Vaccination in the Punjab 1867-1880 - 1867-1880
Year: 1867
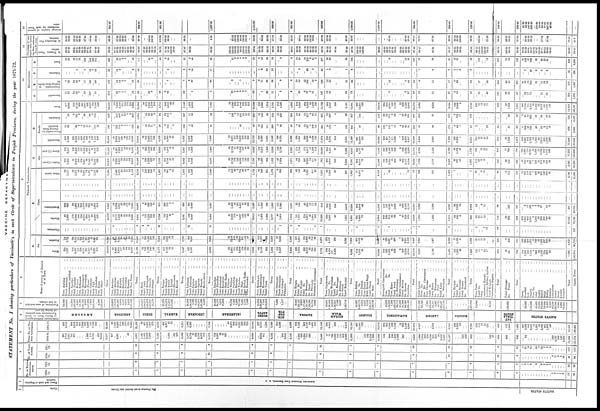
VACCINE
DEPARTME
STATEMENT
No. I showing particulars of Vaccination in each Circle of Superintendence in Panjab Provinces, during the year 1871-72.
1
Circle.
The Provinces is not divided into Circles.
NATIVE STATES.
2
Name and rank of Superin-
tendent.
ASSISTANT SURGEON JOHN BENNETT, M. D.
3
NO. OF NATIVE
SUPERINTEN-
DENTS.
1870-
71.
1
1
1
7
1
1
1
1
1
1
5
1
2
1
...
...
...
...
...
...
...
...
...
...
...
1
3
1
1
6
12
26
1871-
72.
6
1
1
1
1
1
1
7
1
1
7
7
6
1
2
1
8
1
4
...
4
...
9
2
2
1
...
...
...
...
...
32
26
4
NO. OF VACCI-
NATORS.
1870-
71.
5
4
4
31
3
4
4
3
4
3
16
3
10
3
...
...
...
...
...
...
...
...
...
...
...
3
11
4
4
26
48
94
1871-
72.
25
5
4
6
4
5
5
24
4
6
26
25
22
6
12
5
31
4
11
...
16
2
34
7
9
3
...
...
...
...
...
122
113
5
TOTAL NO OF PER-
---- VACCINATED.
1870-71
601
1,719
1,011
241
671
...
...
1998
119
2,764
...
423
9,040
18,587
877
... 4,061
...
...
...
33
...
4,971
1,441
1,485
2,650
1,959
...
7,535
...
...
1,452
...
681
456
2,589
1,077
3,724
85
224
2,709
4,578
179
12,576
753
3,587
64
35
257
...
...
...
...
...
...
...
...
4,696
...
3,913
211
...
4,124
...
...
205
2,953
3,158
...
5,384
366
1,334
772
592
...
...
8,448
17
71
790
5,635
242
156
208
4,869
11,988
...
...
...
157
162
12,238
1,284
13,842
152
...
996
130
1,652
4,589
687
...
...
8,206
1,999
1,314
340
250
8,748
831
255
56
6,813
2,501
23,137
...
...
223
459
682
...
...
246
57
986
846
...
846
...
64
...
...
...
...
...
...
...
...
...
289
4,797
369
542
8,292
15,699
1,41,224
1871-72
435
3,725
...
286
6,819
383
441
7,949
502
6,699
141
7,709
349
...
...
35,438
38
7,550
6,469
214
103
173
124
6,434
21,105
39
472
2,678
1,287
279
4,755
452
4,671
63
25
...
...
5,211
1,082
6,687
...
...
...
...
...
7,769
...
...
...
...
...
54
4,871
262
215
6,855
229
206
212
12,642
257
3,711
...
1,872
5,840
213
4,596
...
...
4,809
226
2,168
...
302
8,720
58
1,490
182
13,146
590
9,013
...
329
...
...
...
6,213
16,145
967
14,241
123
...
...
...
...
19,214
364
455
6,568
162
1,156
...
12
929
5,149
6,895
21,670
4,987
...
...
...
3,258
...
...
...
...
8,215
192
2,520
79
...
...
2,791
236
178
19
52
151
...
...
636
112
1,368
1,480
407
2,368
568
3,641
18
1,691
68
3,080
461
1,326
149
...
...
...
...
...
15,257
1,96,435
6
Collectorate,
Political agency,
or Native State in which
Vaccinations were perform-
ed during the year
AMBALAH
AMRITSAR
DEHLI.
KARNAL.
LUDIANAH.
JALANDHAR.
HOSHI-
ARPUR.
GUR-
DAS-
PUR.
KANGRA.
GUJRAN-
WALA.
SIALKOT.
RAWALPINDI.
LAHORE.
HAZARA.
PAT-
TIALA
STATE.
NATIVE STATES.
7
Population of area included
in last column.
24,040
1,53,041
11,676
1,97,505
8,351
11,198
1,31,152
6,015
1,57,990
7,929
2,01,812
8,700
1,32,418
1,36,609
1,76,518
1,90,461
6,608
5,287
6,973
5,853
2,41,150
1,54,417
2,04,271
1,26,376
1,55,721
12,176
25,276
1,58,954
2,11,315
1,71,531
...
...
39,983
2,50,165
7,096
9,165
1,33,378
1,37,396
6,062
48,933
90,175
5,073
10,953
...
...
79,755
6,439
8,800
79,740
6,441
5,721
7,866
12,964
2,29,287
7,785
2,12,016
7,622
...
7,177
...
6,448
1,20,157
9,928
1,17,440
l,80,132
1,26,294
91,704
2,862
19,381
1,96,449
15,653
1,30,351
7,180
5,037
...
1,69,716
25,337
3,49,170
8,524
8,527
5,153
2,31,317
1,99,748
19,228
1,56,829
7,280
1,02,076
94,715
10,605
21,844
83,348
1,26,126
2,21,336
85,346
...
7,355
1,59,488
16,551
5,847
6,718
l,68,547
1,17,710
...
...
...
...
3,67,218
14,848
...
...
...
9,531
1,58,600
...
50,000
...
1,25,000
...
40,000
10,000
22,000
19,000
9,000
2,500
10,000
1,00,000
5,500
4,000
70,000
8
Name of portion of District
or of Town.
Town Ambálah
...
...
Tahsíl Ambálah
...
...
Cantonment Ambálah
...
...
Town Jagadhri ... ...
Tahsíl Jagádhri ... ...
Town Báriyah ... ...
Town Sidhaurah ... ...
Tahsil Naraingarh ... ...
Town Mainmájrah ... ...
Tahsil Kharar
...
...
Town Thánesar ... ...
Tahsil Pipli
...
...
Tahsil Sháhábád ... ...
Town Rápar ... ...
Tehsíl Rúpar ... ...
TOTAL ... ...
Town Amritsar ... ...
Tahsí1 Amritsar ... ...
Tahsil Ajná1a ... ...
Town Majithah ... ...
Town Bundálah ... ...
Town Jandiálah ... ...
Town Rámdás ... ...
Tahsil Tarn Tiran ... ...
TOTAL
...
...
Town Dehli
...
...
Tahsil Dehli
...
...
Tahsil Balabgarh ... ...
Tahsil Larsowh ... ...
Town Sonepat ... ...
TOTAL
...
...
Town Pánipat ... ...
Tahsil Pánipat
...
...
Tahsil Karnál ... ...
Tahsil Kythal ... ...
Tahsil Gharounda ... ...
Town Karnál
...
...
TOTAL
...
...
Town Ludiánah
...
...
Tahsil Ludiánah
...
...
Town Jagráon ... ...
Town Rakót
...
...
Tahsil Jagráon ... ...
Tahsil Simrola
...
...
Town Machhiwárah ... ...
TOTAL
...
...
Town Jálandhar ... ...
Tahsíl Jálandhar ... ...
Town Aláwalpúr ... ...
Town Kartáipúr ... ...
Town Busti Shekh ... ...
Town Phillour ... ...
Tahsil Phillour
...
...
Town Jandiálah
...
...
Town Nakodar ... ...
Tahsil Nakodar ... ...
Town Bilgá ... ...
Town Rurkah Kalán ... ...
Town Nurmahal ... ...
TOTAL
...
...
Town Hoshiárpúr
...
...
Tahsil Hoshiárpúr
...
...
Town Harriánah ... ...
Tahsil U'nah ... ...
TOTAL
...
...
Town Dinanagar
...
...
Tahsil Gurdáspúr
...
...
Town Sujánpúr
...
...
Pathánkot ... ...
Total
...
...
Town Kángra ... ...
Tahsil Do. ... ...
Town Núrpúr ... ...
Tahsil Do.
...
...
Do. Hamirpár ... ...
Do Derah
...
...
Do. Pálampúr ... ...
Dharmsálah Cantonment ...
Total
...
...
Town Gujránwála
... ...
Tahsíl
Do.
...
...
Town Wazúábád
...
...
Tahsíl Do.
...
...
Town Rámnagar ... ...
Do Akálgarh ... ...
Do. Sodiah ... ...
Tahsíl Hafizabád
...
...
Total ... ...
Town Siálkót ... ...
Tahsíl Do.
...
...
Town Daskah ... ...
Town Pasrúr ... ...
Kilah Sobhá Singh ... ...
Talisíl Pasrúr ... ...
Do Reya
... ...
Total ... ...
Ráwalpindi Cantonment
...
Town
D
o
. ... ...
Tahbil
Do. ... ...
Town Hazro ... ...
Tahsil Attok ... ...
Do. Fattehjang ... ...
Murree Cantonment
...
...
Tahsil Murree ... ...
Do Ghowta
...
...
Gujarkhan ... ...
Total
...
...
Tahsíl Lahore ... ...
Town Do.
...
...
Mián Mír Cantonment ...
Town Chúmán ... ...
Tahsíl Do ... ...
Town Kasúr ... ...
Do.
Khemkarn ... ...
Do
Patti
...
...
Tahsil Kasúr ... ...
Do
Sharakpúr ... ...
Total ... ...
Town Harípúr ... ...
Tahsil Do ... ...
Town Saraesála ... ...
Tahsíl Hazárá ... ...
Do
Mansehrah ... ...
Total
...
...
Town Simla ... ...
Tahsíl Do
...
...
Jutog
...
...
Cautonment Kasowh ... ...
Lawrence Military Asylum ...
Tahsíl Kotgarh ... ...
Cantonment Dagshai ... ...
Total
...
...
Tahsil Sirinagar ... ...
Do.
Pinjor ... ...
Total
...
...
Theog
...
...
Keouthal ... ...
Koti ... ...
Chambá
...
...
Town Do. ... ...
Jubal
...
...
Bughat ... ...
Bághul
...
...
Bhujji
... ...
Mehlog
...
...
Kúnbear
...
...
Kúmahrsien ... ...
Sirmúr ... ...
Dhami ... ...
Kotahar
...
...
Nalágarh
...
...
Total
...
...
GRAND TOTAL
...
9
PRIMARY VACCINATIONS.
A.
Sex
Males
234
1,927
114
3,507
l87
228
4,651
251
3,512
84
3,881
174
18,210
20
3,660
3,304
117
49
84
65
3,200
10,499
22
242
1,193
580
140
2,177
217
2,185
34
11
2,447
527
3,481
4,008
25
2,681
151
124
3,602
124
106
125
6,938
142
2,118
922
1,382
116
2,287
2,403
109
1,072
156
4,573
23
739
120
6,792
288
4,830
171
3,393
8,682
514
7,672
60
10,262
319
263
3,629
88
658
9
509
2,928
3,700
12,103
2,682
1,743
4,425
105
1,356
36
1,492
155
15
4
28
77
279
29
681
710
216
1,291
309
1,734
8
962
33
1,559
234
623
86
7,765
1,02,374
Females.
133
1,753
126
3,131
131
213
3,730
251
2,798
50
3,647
175
16,348
18
3,840
3,144
94
54
89
59
3,194
10,489
17
230
1,349
199
139
2,534
226
2,433
29
14
2,702
546
3,147
3,693
29
2,159
109
88
3,244
101
94
87
611
110
1,577
892
2,579
97
2,303
2,400
107
1,011
128
3,929
32
710
60
5,977
276
4,117
158
2,768
7,319
453
6,569
63
8,982
45
192
2,921
74
498
3
420
2,211
3,103
9,467
2,282
1,477
3,759
77
1,135
41
1,253
81
11
15
13
...
120
8
603
611
150
945
212
1,621
10
700
35
1,453
207
622
43
6,639
90,763
B.
Caste.
Chrístians.
...
...
...
...
...
...
...
...
...
...
...
...
...
3
...
...
...
...
...
...
...
3
4
...
8
...
...
12
...
...
...
...
...
21
...
21
...
...
...
...
...
...
...
...
...
...
...
...
...
...
1
1
...
5
...
...
...
...
2
7
...
...
...
...
...
1
...
...
1
...
...
1
...
...
...
...
...
...
1
2
...
2
...
...
5
...
...
7
77
89
...
...
...
...
...
...
...
...
...
...
...
...
...
...
...
137
Hindús.
83
1,598
172
2,944
144
154
4,610
304
4,197
93
4,323
105
18,727
17
2,717
1,539
99
61
46
34
2,428
6,941
14
173
1,252
685
125
2,219
124
2,905
49
3
3,081
156
3,447
3,603
21
2,522
176
71
1,637
165
122
99
4,813
71
1,403
1,303
2,777
95
1,418
1,513
151
1,777
216
7,071
45
1,001
132
10,393
226
2,355
49
1,051
3,681
231
3,463
72
4,804
246
268
913
95
96
2
40
553
676
2,889
1,320
1,295
2,615
83
150
3
236
68
26
11
13
...
118
22
936
958
302
1,641
365
2,551
9
1,243
36
200
302
740
85
10,232
79,630
Mussulmans.
306
965
56
1,833
285
243
1,770
124
938
35
1,658
214
8,347
18
3,303
3,831
87
29
102
78
2,853
10,301
4
46
539
148
76
813
269
722
6
1
998
795
2,042
2,837
22
1,499
35
135
4,455
31
38
105
6,320
171
1,444
190
1,805
110
2,341
2,451
23
158
42
190
10
71
24
518
305
5,382
238
4,413
10,338
658
8,303
46
11,291
118
187
5,592
67
1,060
10
889
4,586
6,116
18,625
2,899
1,388
4,287
98
2,336
74
2,508
83
...
4
11
...
98
...
107
107
...
3
17
193
8
3
6
37
...
15
2
391
82,035
...
...
...
...
...
...
...
...
...
...
...
...
...
...
...
...
...
...
...
...
...
...
...
...
...
...
...
...
...
...
...
...
...
...
...
...
...
...
...
...
...
...
...
...
...
...
...
...
...
...
...
...
...
...
...
...
...
...
...
...
...
...
...
...
...
...
...
...
...
...
...
...
...
...
...
...
...
...
...
...
...
...
...
...
...
...
...
...
...
...
...
...
...
...
...
...
...
...
...
...
...
...
...
...
...
...
...
...
...
...
...
...
...
...
...
...
...
...
...
...
...
...
...
...
...
...
...
...
...
...
...
...
...
...
...
...
...
...
...
...
...
...
...
...
...
...
...
...
...
...
...
...
...
...
...
...
...
...
...
...
...
...
...
...
...
...
...
...
...
...
...
...
...
...
...
...
...
...
...
...
...
...
...
...
...
...
...
...
...
...
...
...
...
...
...
...
...
...
...
...
...
...
...
...
...
...
...
...
Other castes.
28
1,117
12
1,971
19
44
l,46l
74
1,175
6
1,517
30
7,484
1,480
1,078
25
10
25
12
1,113
3,743
17
253
843
446
78
1,637
50
991
8
21
1,070
101
1,139
1,240
11
819
49
6
754
29
40
8
1,716
10
848
321
1,179
8
830
838
42
143
26
1,241
377
22
1,851
33
1,210
42
697
1,982
77
2,475
5
3,118
...
...
44
...
...
...
11
55
743
537
1,280
1
...
...
1
80
...
4
10
...
94
15
241
256
64
592
159
61l
1
416
26
975
139
490
62
3,791
31,335
C.
Age.
Under (1)
year.
219
1,263
81
3,318
209
284
2,428
68
2,149
53
2,781
136
12,989
20
3,233
3,455
79
50
80
63
3,209
10,189
6
136
1,098
439
73
1,752
281
2,742
47
12
3,082
912
5,346
6,258
20
2,716
179
153
4,338
118
140
123
7,787
68
1,420
364
1,852
67
1,804
1,871
44
333
107
2,085
14
111
67
,701
300
4,816
242
3,833
9,191
604
9,070
73
11,508
135
159
3,384
56
604
48
243
2,177
3,104
9,866
1,738
1,707
3,445
93
892
40
1,025
115
26
6
9
...
156
20
515
535
23
246
31
627
2
158
15
278
29
108
10
2,062
86,329
Above (1) year
198
2,417
159
3,430
159
157
5,413
434
4,161
81
4,747
213
21,569
18
4,267
2,993
132
50
93
61
3,185
10,799
33
336
1,544
840
206
9,959
162
1,876
16
13
2,067
161
1,282
1,443
34
2,124
81
59
2,508
107
60
89
5,062
184
2,275
1,450
3,909
146
2,786
2,932
172
1,750
177
6,417
41
1,338
113
10,008
264
4,131
87
2,328
6,810
363
5,171
50
7,706
229
296
3,166
106
552
8
686
2,962
3,699
11,704
3,226
1,513
4,739
89
1,594
37
1,720
121
...
13
32
77
213
17
769
786
343
1,990
510
2,723
16
1,504
53
2,734
412
1,137
139
12,352
1,06,808
D
Results.
Successful.
406
3,563
238
6,509
336
433
7,654
489
6,144
129
7,183
330
33,434
31
6,959
5,867
191
88
166
119
5,822
19,243
38
412
2,600
1,213
265
4,558
412
4,360
62
22
4,856
1,057
6,549
7,606
53
4,671
251
199
6,452
200
190
200
12,216
230
3,398
1,615
5,243
198
4,194
4,392
190
1,961
260
8,098
46
1,264
155
11,974
536
8,534
319
5,910
15,299
967
14,080
123
19,002
226
424
6,116
151
1,692
7
816
4,970
6,427
20,229
4,465
3,035
7,500
168
2,308
1
2,551
234
26
19
41
54
374
37
1,236
1,273
340
2,091
473
2,762
18
1,592
68
2,912
435
1,206
130
13,300
1,83,050
Unsuccessful, in-
cluding those
doubtful.
11
93
...
98
6
8
89
13
74
...
175
19
586
7
129
118
9
2
2
1
123
391
1
16
16
21
5
59
9
144
...
3
156
5
46
51
...
...
...
...
42
...
...
...
42
10
144
111
265
2
46
48
8
38
12
187
5
100
14
364
10
176
7
152
345
...
57
...
99
102
7
159
3
11
4
83
80
85
534
83
88
171
6
44
1
51
2
...
...
...
23
25
...
22
22
17
104
49
128
...
48
...
66
2
11
9
456
3,665
Unknown.
...
24
2
141
6
...
98
92
5
170
...
538
...
412
463
11
10
5
4
449
1,354
...
14
26
45
9
94
22
114
1
...
137
11
33
44
1
169
9
13
352
25
10
12
591
12
153
88
253
13
350
363
18
84
12
217
4
85
11
431
18
237
3
99
357
...
104
...
113
36
24
275
8
53
1
30
89
291
807
416
97
513
8
134
77
143
...
...
...
...
...
...
...
26
26
9
41
19
465
...
22
...
34
...
28
10
658
6,422
Total.
417
3,680
240
6,748
368
441
7,841
502
6,310
134
7,528
349
34,558
38
7,500
6,448
211
100
173
124
6,394
20,988
39
472
2,642
1,279
279
4,711
443
4618
63
25
5,149
1,073
6,628
7,701
54
4,840
260
212
6,846
225
200
212
12,389
252
3,695
1,814
5,761
213
4,590
4,803
216
2,083
284
8,502
55
1,449
180
12,769
564
8,947
329
6,161
16,001
967
14,241
123
19,214
364
455
6,550
162
1,156
12
929
5,139
6,803
21,570
4,964
3,220
8,184
182
2,486
2
2,745
236
26
19
41
77
399
37
1,284
1,321
366
2,236
511
3,355
18
1,662
68
3,012
441
1,245
149
11,414
1,93,137
10
REVACCINTION.
A
Successful.
11
13
24
30
7
...
29
...
207
...
51
...
372
...
22
7
1
1
...
18
49
...
...
36
8
...
44
9
44
...
...
53
...
5
5
...
29
2
3
8
4
6
...
52
...
1
10
11
...
2
2
...
30
6
77
3
21
...
137
13
40
...
20
73
...
...
...
...
...
...
6
...
...
...
...
3
27
36
16
21
37
4
10
...
16
...
95
...
...
40
135
28
29
57
...
32
17
74
...
...
...
11
...
25
...
216
1,295
B.
Unsuccessful, in-
cluding those doubt-
ful.
7
32
22
40
8
77
163
...
120
...
476
16
12
2
2
...
18
50
...
...
...
...
...
...
...
7
...
...
7
6
40
46
...
2
...
...
1
...
...
...
3
4
11
38
53
...
4
4
10
53
12
105
...
18
2
189
12
20
...
31
63
...
...
...
...
...
...
12
...
...
...
...
7
65
84
6
11
17
5
23
...
28
...
57
...
...
34
104
45
55
102
41
93
10
180
...
21
...
51
20
54
...
572
1,807
C.
Unknown.
...
...
...
1
...
...
2
...
19
7
10
...
32
...
12
2
...
...
...
...
4
18
...
...
...
...
...
...
...
2
...
...
2
3
14
17
...
...
...
...
...
...
...
...
...
1
4
10
15
...
...
...
...
2
...
36
...
2
...
40
1
6
...
1
8
...
...
...
...
...
...
...
...
...
...
...
...
...
...
1
6
7
1
1
2
2
...
...
...
...
...
...
...
...
7
...
32
...
8
...
6
...
2
...
55
196
D
Total.
18
45
46
71
15
...
108
...
389
100
181
...
880
...
50
21
3
3
...
40
117
...
...
36
8
...
44
9
53
...
...
62
9
59
68
...
31
2
3
9
4
6
...
53
5
16
58
79
...
6
6
10
85
18
218
3
41
2
377
26
66
...
52
144
...
...
...
...
...
...
18
...
...
...
...
10
92
120
23
38
61
10
34
...
46
...
152
...
...
74
237
75
84
159
41
132
27
286
...
29
...
68
20
81
...
843
3,298
11
Percentage of suc-
cessful cases exclud-
ing those unknown
from the total.
In Primary Vacci-
nation.
96.33
97.45
99.61
98.51
98.34
98.18
99.99
97.41
98.74
97.62
94.55
98.28
81.55
97.92
98.02
95.50
97.77
99.30
98.99
91.05
98.00
97.43
96.50
99.38
99.10
98.14
98.72
91.86
97.45
10000
88.00
97.47
99.52
99.33
100.00
100.00
100.00
100.00
99.35
100.00
100.00
100.00
99.64
95.83
95.93
93.56
95.00
99.00
98.89
98.91
95.95
98.09
95.18
98.93
90.19
92.66
91.79
96.78
98.16
90.78
97.85
97.49
97.79
100.00
99.58
100.00
99.62
68.89
98.37
97.46
97.91
99.00
63.63
90.76
98.39
83.33
97.42
98.17
97.21
97.77
96.55
98.09
98.68
98.03
99.15
100.00
100.00
100.00
70.12
93.73
100.00
98.19
98.30
95.23
95.26
90.61
95.57
100.00
97.07
100.00
97.71
99.54
99.09
93.52
96.68
98.00
In Secondary Vac-
cination.
50.00
28.88
52.16
42.85
66.36
...
27.35
...
55.94
...
29.82 ...
43.86
...
57.89
36.84
33.33
33.33
...
...
50.00
49.49
...
...
100.00
100.00
100.00
100.00
86.26
...
...
88.33
...
9.80
...
93.52
100.00
100.00
88.88
100.00
100.00
...
94.88
...
80.53
20.83
17.18
33.33
33.33
...
36.14
33.33
42.30
100.00
53.84
...
38.93
52.00
66.66
...
40.00
53.67
...
...
...
...
...
...
33.33
...
...
...
...
30.00
29.34
29.41
72.72
67.50
50.00
44.44
30.30
100.00
36.36
...
625.00
...
...
51.35
56.96
49.29
34.55
35.84
...
25.60
62.96
29.13
...
...
...
17.74
...
31.64
...
27.41
41.7
12
Average number of persons
vaccinated by each Vacci-
nator.
841.00
604.20
951.80
1,067.66
3,151.00
968.00
961.80
485.66
4,036.25
2,555.16
834.23
326.60
126.86
106.00
206.66
41.20
69.64
142.00
332.63
...
105.68
34.00
90.58
77.00
947.33
49.66
...
...